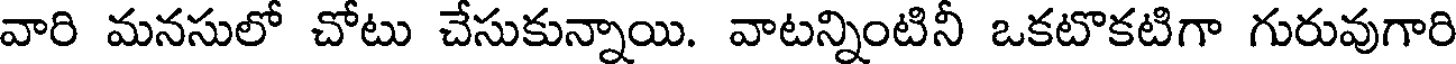
వారి మనసులో చోటు చేసుకున్నాయి. వాటన్నింటినీ ఒకటొకటిగా గురువుగారి